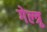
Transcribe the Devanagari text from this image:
गेल्त्रू